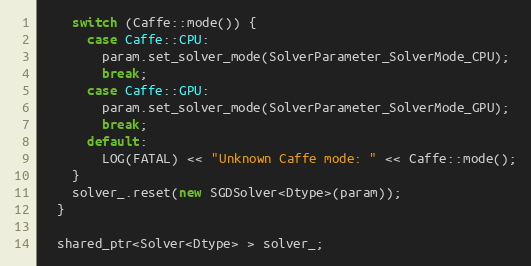
Language: C++
    switch (Caffe::mode()) {
      case Caffe::CPU:
        param.set_solver_mode(SolverParameter_SolverMode_CPU);
        break;
      case Caffe::GPU:
        param.set_solver_mode(SolverParameter_SolverMode_GPU);
        break;
      default:
        LOG(FATAL) << "Unknown Caffe mode: " << Caffe::mode();
    }
    solver_.reset(new SGDSolver<Dtype>(param));
  }

  shared_ptr<Solver<Dtype> > solver_;